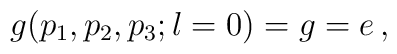
g(p_1,p_2,p_3;l=0)= g = e\,,